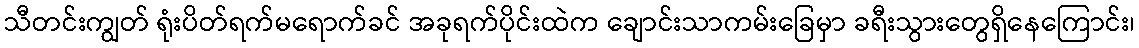
သီတင်းကျွတ် ရုံးပိတ်ရက်မရောက်ခင် အခုရက်ပိုင်းထဲက ချောင်းသာကမ်းခြေမှာ ခရီးသွားတွေရှိနေကြောင်း၊